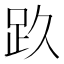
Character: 𰸃